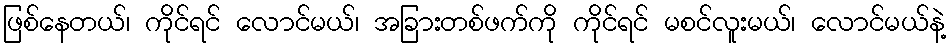
ဖြစ်နေတယ်၊ ကိုင်ရင် လောင်မယ်၊ အခြားတစ်ဖက်ကို ကိုင်ရင် မစင်လူးမယ်၊ လောင်မယ်နဲ့